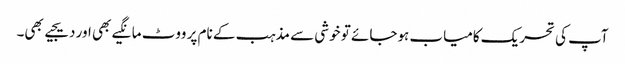
آپ کی تحریک کامیاب ہوجائے تو خوشی سے مذہب کے نام پر ووٹ مانگیے بھی اور دیجیے بھی۔